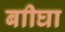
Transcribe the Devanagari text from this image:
बाीघा